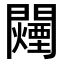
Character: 𬮕